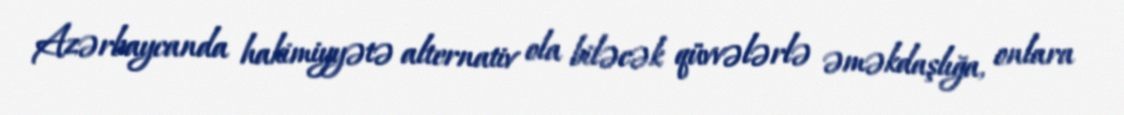
Azərbaycanda hakimiyyətə alternativ ola biləcək qüvvələrlə əməkdaşlığa, onlara